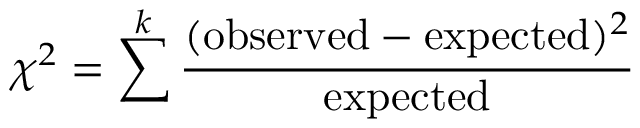
\chi ^ { 2 } = \sum ^ { k } { \frac { ( { \mathrm { o b s e r v e d } } - { \mathrm { e x p e c t e d } } ) ^ { 2 } } { \mathrm { e x p e c t e d } } }